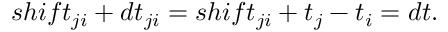
s h i f t _ { j i } + d t _ { j i } = s h i f t _ { j i } + t _ { j } - t _ { i } = d t .